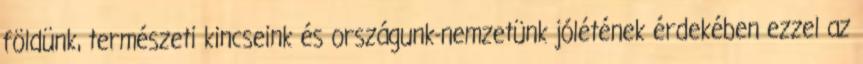
földünk, természeti kincseink és országunk-nemzetünk jólétének érdekében ezzel az